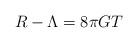
LaTeX: \begin{align*}R - \Lambda = 8 \pi G T \end{align*}